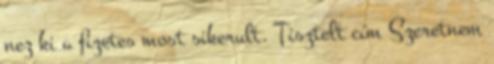
nez ki a fizetes most sikerult. Tisztelt cím Szeretnem